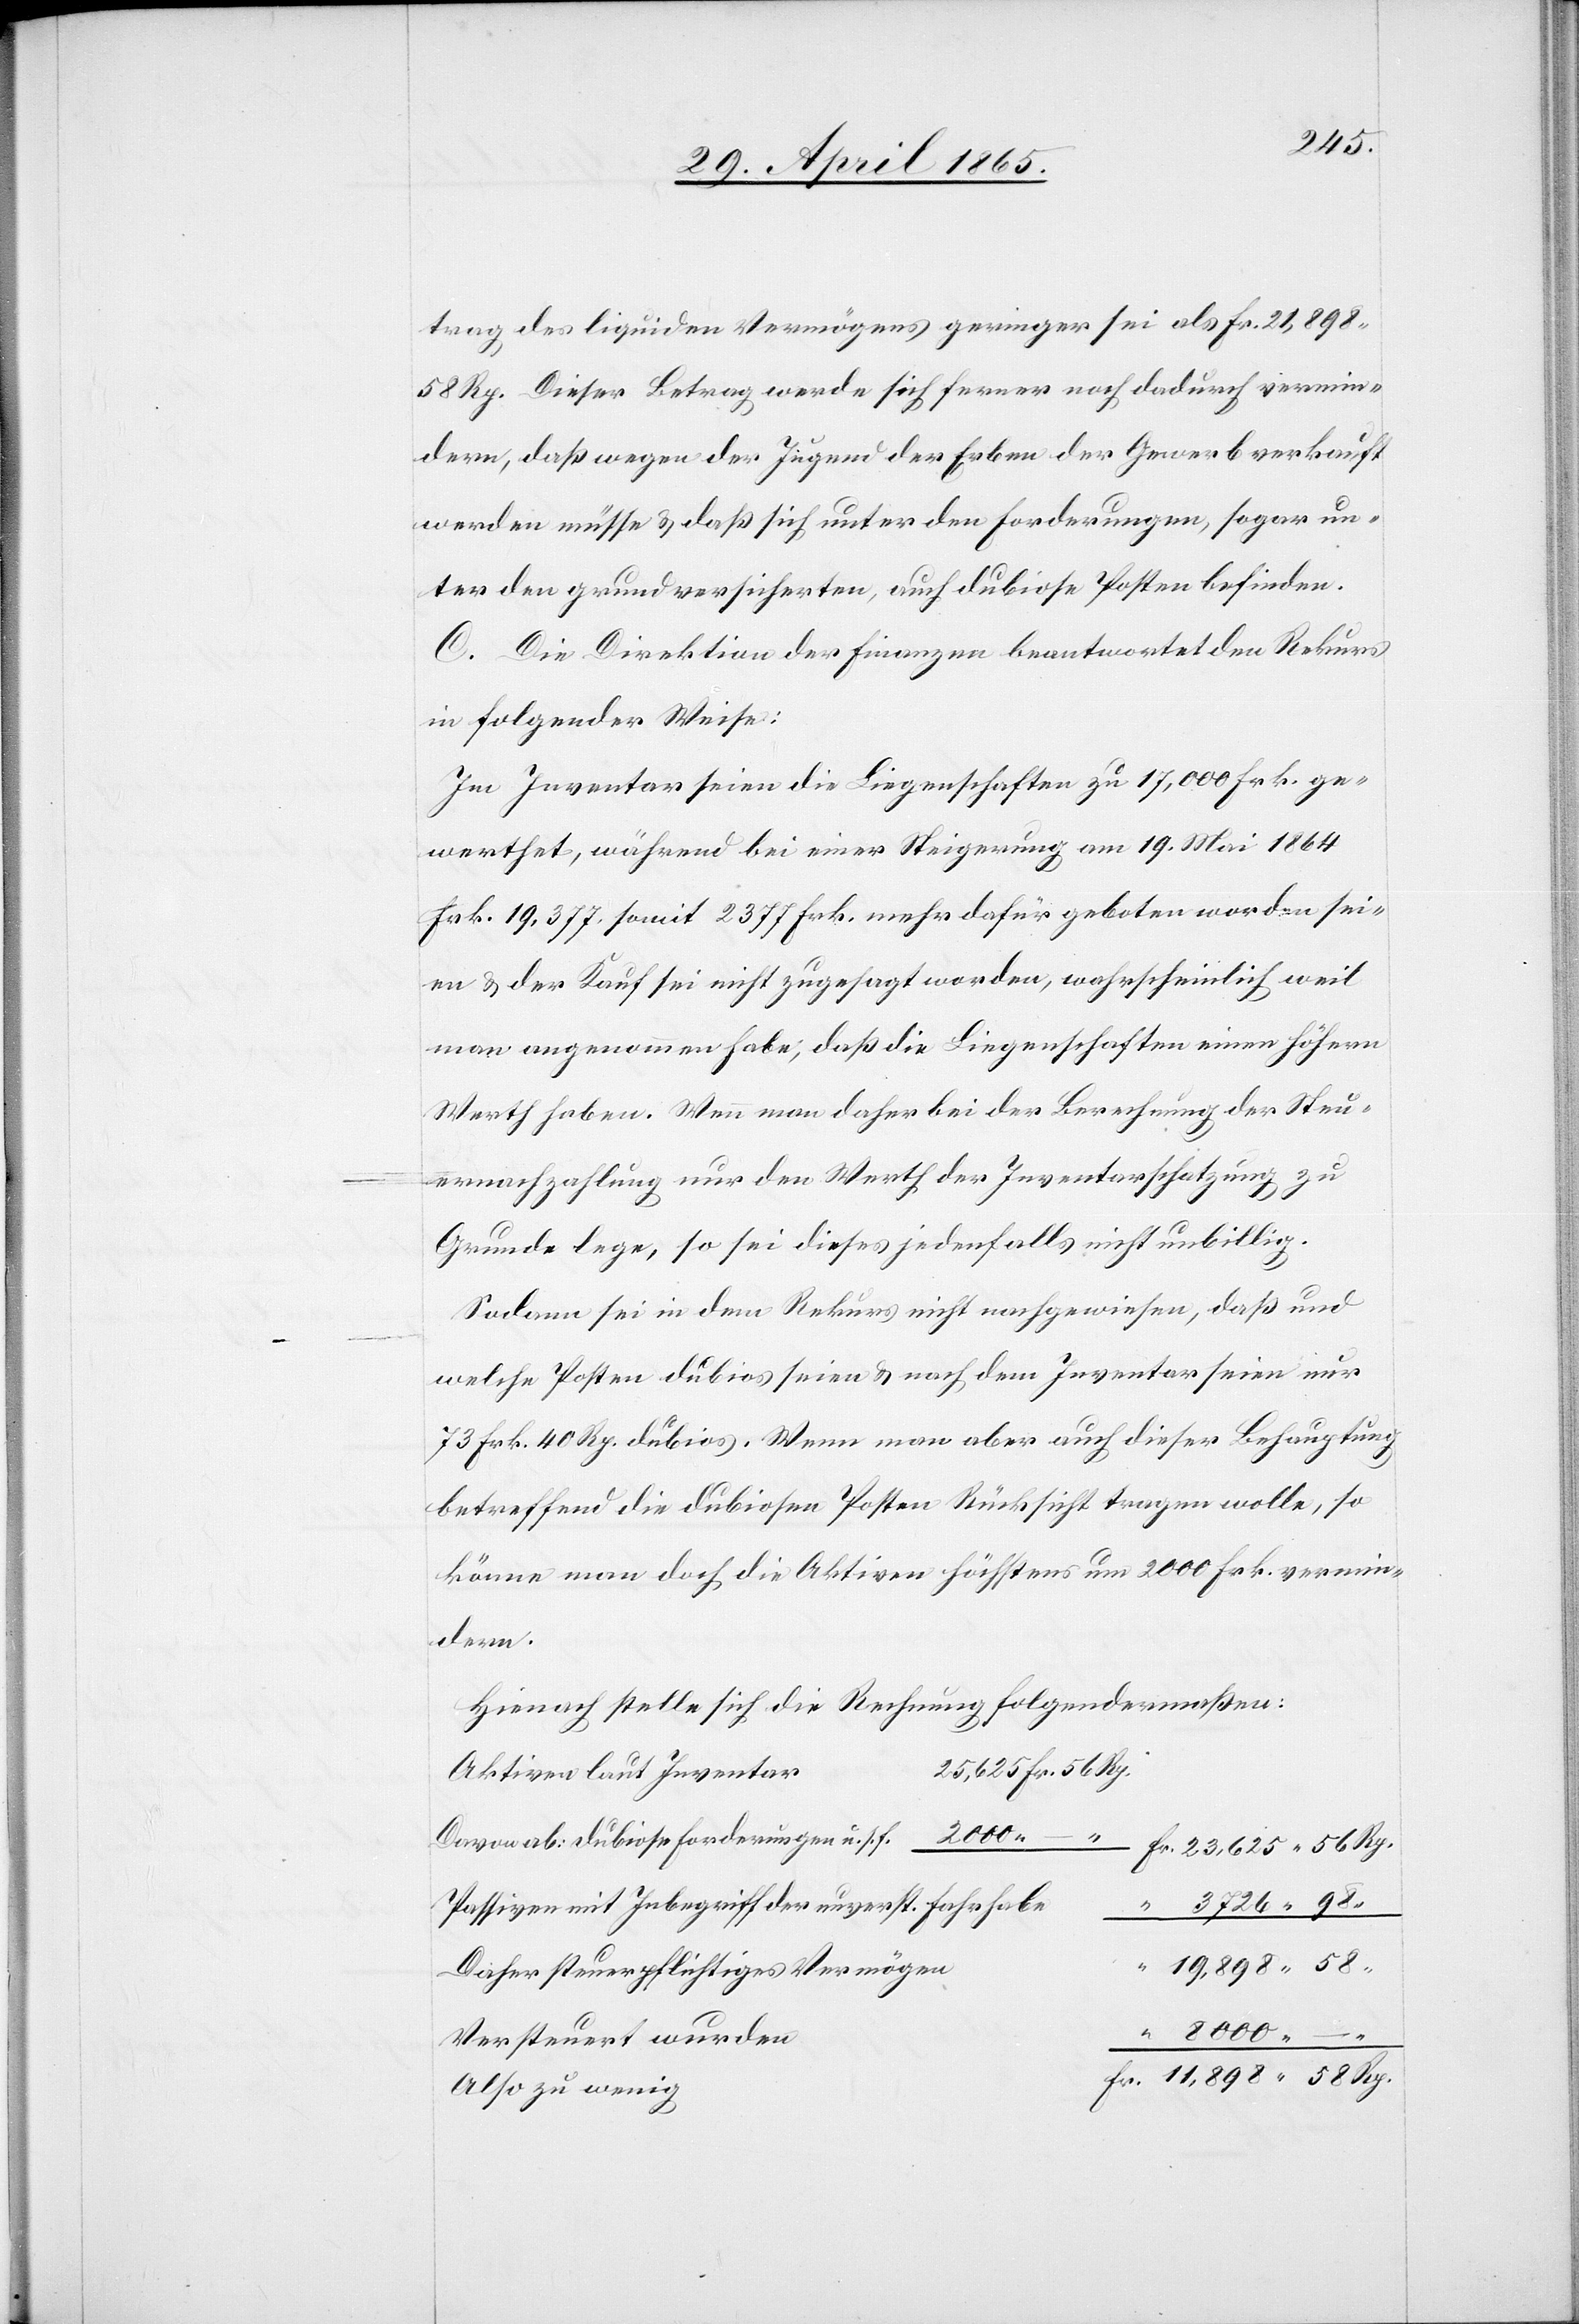
trag des liquiden Vermögens geringer sei als Fr. 21,898
58 Rp. Dieser Betrag werde sich ferner noch dadurch vermin¬
dern, daß wegen der Jugend der Erben der Gewerb verkauft
werden müsse & daß sich unter den Forderungen, sogar un¬
ter den grundversicherten, auch dubiose Posten befinden.
C. Die Direktion der Finanzen beantwortet den Rekurs
in folgender Weise:
Im Inventar seien die Liegenschaften zu 17,000 Frk. ge¬
werthet, während bei einer Steigerung am 19. Mai 1864
Frk. 19,377, somit 2377 Frk. mehr dafür geboten worden sei¬
en & der Kauf sei nicht zugesagt worden, wahrscheinlich weil
man angenommen habe, daß die Liegenschaften einen höhern
Werth haben. Wenn man daher bei der Berechnung der Steu¬
ernachzahlung nur den Werth der Inventarschatzung zu
Grunde lege, so sei dieses jedenfalls nicht unbillig.
Sodann sei in dem Rekurs nicht nachgewiesen, daß und
welche Posten dubios seien & nach dem Inventar seien nur
73 Frk. 40 Rp. dubios. Wenn man aber auch dieser Behauptung
betreffend die dubiosen Posten Rücksicht tragen wolle, so
könne man doch die Aktiven höchstens um 2000 Frk. vermin¬
dern.
Hienach stelle sich die Rechnung folgendermaßen:
Aktiven laut Inventar
Davon ab: dubiose Forderungen u. s. f.
“
Passiven mit Inbegriff der unverst. Fahrhabe
19,898
“
Daher steuerpflichtiges Vermögen
Versteuert wurden
Also zu wenig